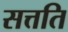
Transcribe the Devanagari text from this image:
सत्तति